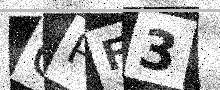
Text: CPF3